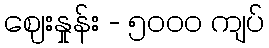
ဈေးနှုန်း - ၅၀၀၀ ကျပ်